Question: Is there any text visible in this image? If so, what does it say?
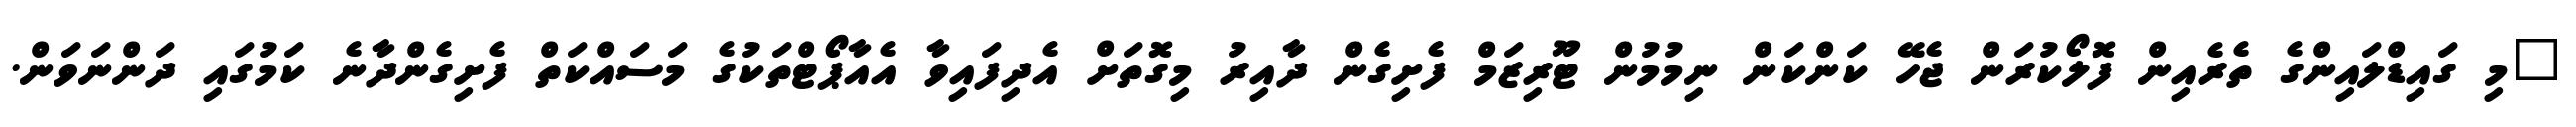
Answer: "މި ގައިޑްލައިންގެ ތެރެއިން ފޮލޯކުރަން ޖެހޭ ކަންކަން ނިމުމުން ޓޫރިޒަމް ފެށިގެން ދާއިރު މިގޮތަށް އެދިފައިވާ އެއާޕޯޓްތަކުގެ މަސައްކަތް ފެށިގެންދާނެ ކަމުގައި ދަންނަވަން.